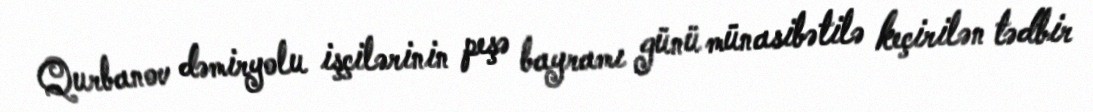
Qurbanov dəmiryolu işçilərinin peşə bayramı günü münasibətilə keçirilən tədbir